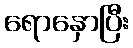
ရောနှောပြီး